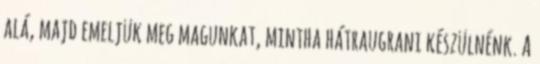
alá, majd emeljük meg magunkat, mintha hátraugrani készülnénk. A